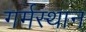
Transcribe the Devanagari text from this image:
गर्मस्थान